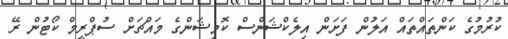
ކުރުމުގެ ކަންތައްތައް އަލުން ފަށަން އިލެކްޝަންސް ކޮމިޝަންގެ މައްޗަށް ސުޕްރީމް ކޯޓުން ރޭ